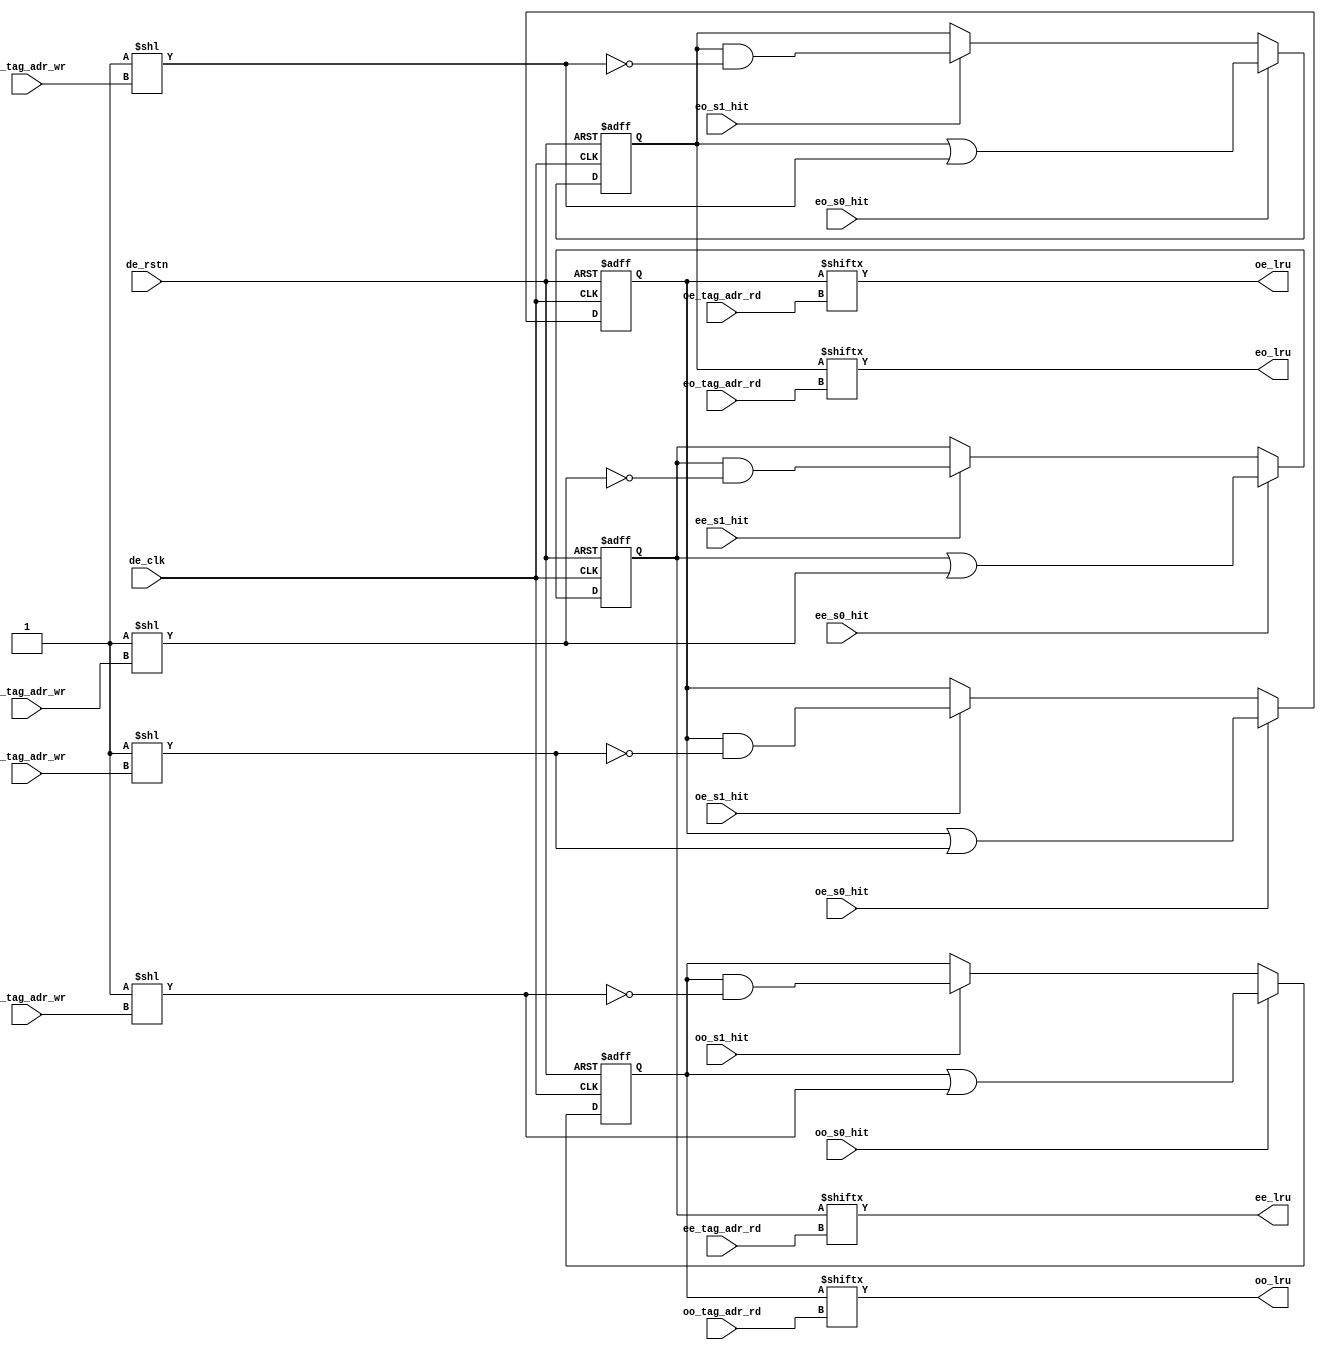
module de3d_tc_tag_set
	(
	// Inputs
	input		de_clk,		/* drawing engine clock		*/
	input		de_rstn,	/* drawing engine reset		*/
	input		ee_s0_hit,	/* load even, even set s0	*/
	input		ee_s1_hit,	/* load even, even set s1	*/
	input		eo_s0_hit,	/* load even, odd set s0	*/
	input		eo_s1_hit,	/* load even, odd set s1	*/
	input		oe_s0_hit,	/* load odd, even set s0	*/
	input		oe_s1_hit,	/* load odd, even set s1	*/
	input		oo_s0_hit,	/* load odd, odd set s0		*/
	input		oo_s1_hit,	/* load odd, odd set s1		*/
	input	[4:0]	ee_tag_adr_wr,	/* set bit address even, even.	*/
	input	[4:0]	eo_tag_adr_wr,	/* set bit address even, odd.	*/
	input	[4:0]	oe_tag_adr_wr,	/* set bit address odd, even.	*/
	input	[4:0]	oo_tag_adr_wr,	/* set bit address odd, odd.	*/
	input	[4:0]	ee_tag_adr_rd,	/* set bit address even, even.	*/
	input	[4:0]	eo_tag_adr_rd,	/* set bit address even, odd.	*/
	input	[4:0]	oe_tag_adr_rd,	/* set bit address odd, even.	*/
	input	[4:0]	oo_tag_adr_rd,	/* set bit address odd, odd.	*/
	// Outputs
	output		ee_lru,		/* set bit for even, even. 	*/
	output		eo_lru,		/* set bit for even, odd. 	*/
	output		oe_lru,		/* set bit for odd, even.	*/
	output		oo_lru		/* set bit for odd, odd.	*/
	);

/* Registers ****************************************************/

reg	[31:0]	ee_set_reg;	/* set bit for (even, even)	*/
reg	[31:0]	eo_set_reg;	/* set bit for (even, odd) 	*/
reg	[31:0]	oe_set_reg;	/* set bit for (odd, even)	*/
reg	[31:0]	oo_set_reg;	/* set bit for (odd, odd)	*/

assign ee_lru = ee_set_reg[ee_tag_adr_rd];
assign eo_lru = eo_set_reg[eo_tag_adr_rd];
assign oe_lru = oe_set_reg[oe_tag_adr_rd];
assign oo_lru = oo_set_reg[oo_tag_adr_rd];

wire	[31:0]	sel_ee;
wire	[31:0]	sel_eo;
wire	[31:0]	sel_oe;
wire	[31:0]	sel_oo;

assign sel_ee = 32'b1 << (ee_tag_adr_wr);
assign sel_eo = 32'b1 << (eo_tag_adr_wr);
assign sel_oe = 32'b1 << (oe_tag_adr_wr);
assign sel_oo = 32'b1 << (oo_tag_adr_wr);


always @(posedge de_clk or negedge de_rstn)
	begin
		if(!de_rstn)ee_set_reg <= 0;
		else if(ee_s0_hit)ee_set_reg <= ee_set_reg | sel_ee;
		else if(ee_s1_hit)ee_set_reg <= ee_set_reg & ~sel_ee;
	end
always @(posedge de_clk or negedge de_rstn)
	begin
		if(!de_rstn)eo_set_reg <= 0;
		else if(eo_s0_hit)eo_set_reg <= eo_set_reg | sel_eo;
		else if(eo_s1_hit)eo_set_reg <= eo_set_reg & ~sel_eo;
	end
always @(posedge de_clk or negedge de_rstn)
	begin
		if(!de_rstn)oe_set_reg <= 0;
		else if(oe_s0_hit)oe_set_reg <= oe_set_reg | sel_oe;
		else if(oe_s1_hit)oe_set_reg <= oe_set_reg & ~sel_oe;
	end
always @(posedge de_clk or negedge de_rstn)
	begin
		if(!de_rstn)oo_set_reg <= 0;
		else if(oo_s0_hit)oo_set_reg <= oo_set_reg | sel_oo;
		else if(oo_s1_hit)oo_set_reg <= oo_set_reg & ~sel_oo;
	end

endmodule